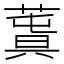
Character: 𦸬